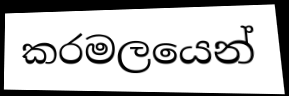
කරමලයෙන්